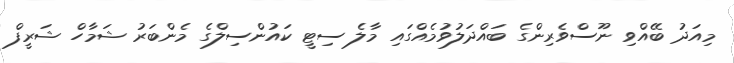
މިއަދު ބޭއްވި ނޫސްވެރިންގެ ބައްދަލުވުމެއްގައި މާލެ ސިޓީ ކައުންސިލްގެ މެންބަރު ޝަމާހް ޝަރީފް